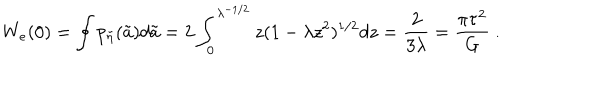
LaTeX: W _ { e } ( 0 ) = \oint p _ { \tilde { \eta } } ( \tilde { a } ) d \tilde { a } = 2 \int _ { 0 } ^ { \lambda ^ { - 1 / 2 } } z ( 1 - \lambda z ^ { 2 } ) ^ { 1 / 2 } d z = { \frac { 2 } { 3 \lambda } } = { \frac { \pi \tau ^ { 2 } } { G } } \ .